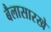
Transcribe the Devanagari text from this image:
बैलासारखे